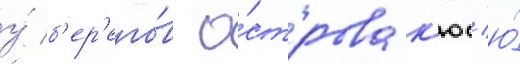
у́ б'ер'его́в о́строва к'юс'ю́